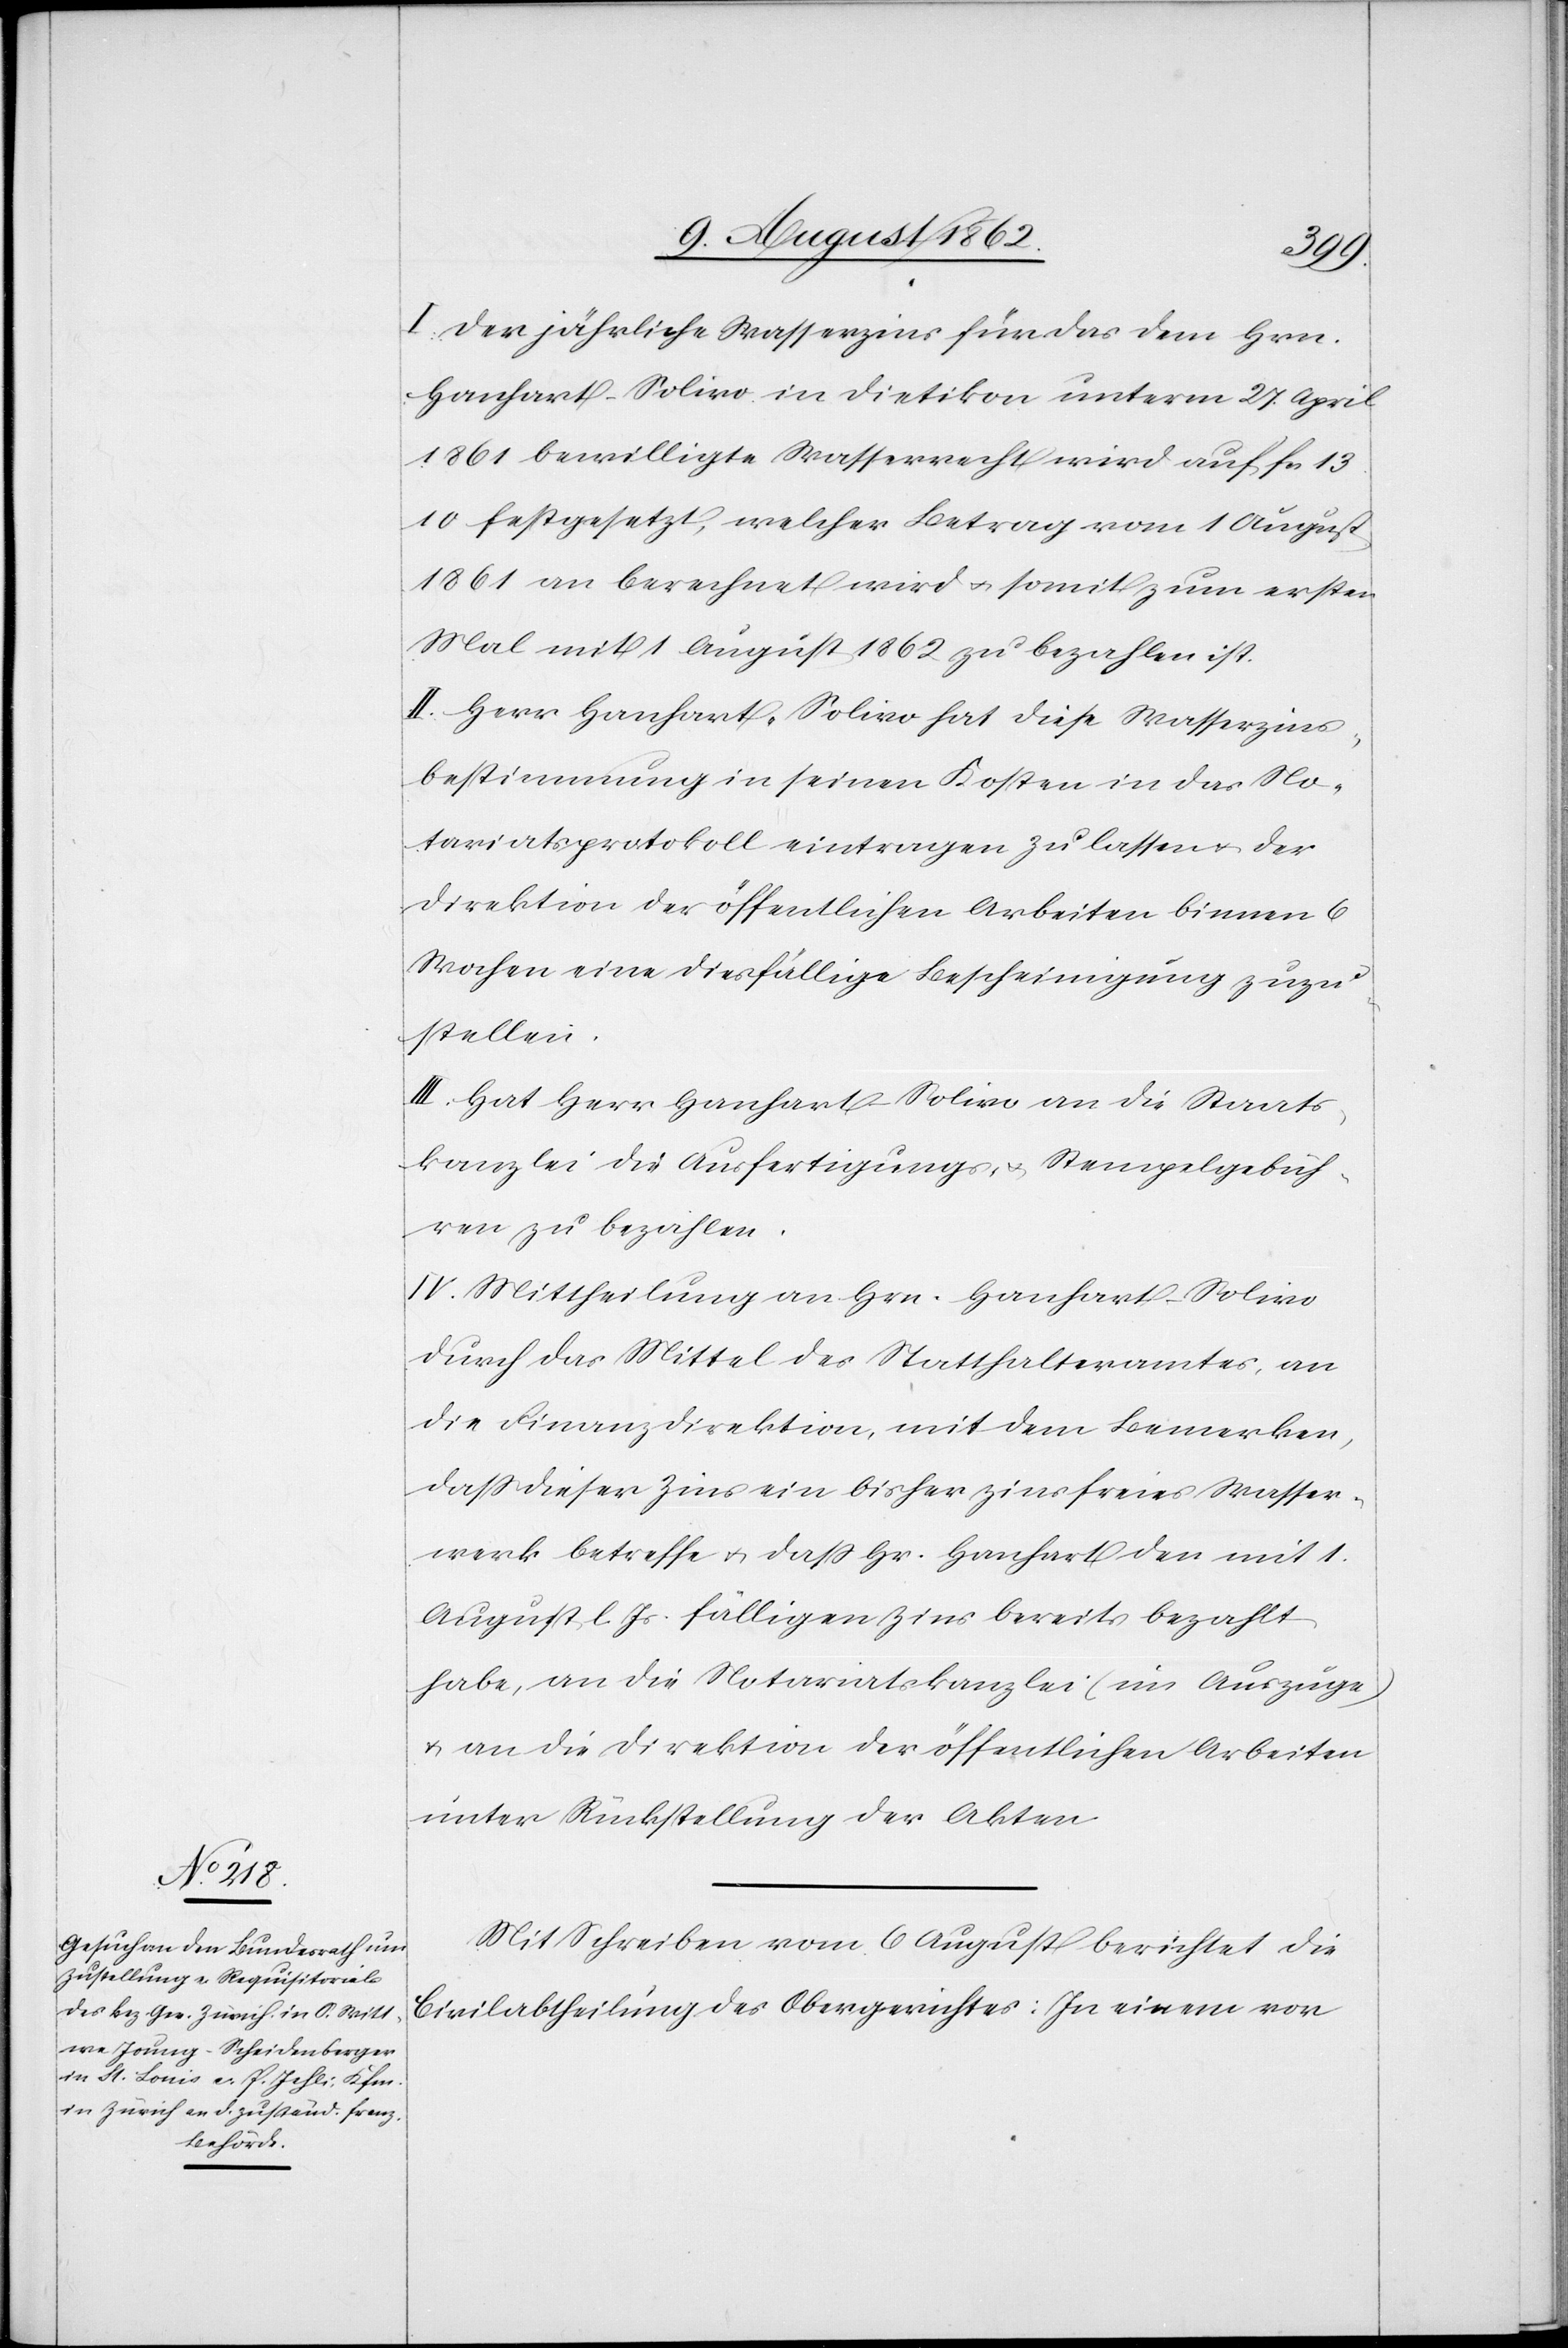
I. Der jährliche Wasserzins für das dem Hrn.
Hanhart-Solivo in Dietikon unterm 27. April
1861 bewilligte Wasserrecht wird auf fc¬
s.13,10 festgesetzt, welcher Betrag vom 1. August
1861 an berechnet wird u. somit zum ersten
Mal mit 1. August 1862 zu bezahlen ist.
II. Herr Hanhart-Solivo hat diese Wasserzins¬
bestimmung in seinen Kosten in das No¬
tariatsprotokoll eintragen zu lassen u. der
Direktion der öffentlichen Arbeiten binnen 6
Wochen eine diesfällige Bescheinigung zuzu¬
stellen.
III. Hat Herr Hanhart-Solivo an die Staats¬
kanzlei die Ausfertigungs- u. Stempelgebüh¬
ren zu bezahlen.
IV. Mittheilung an Hrn. Hanhart-Solivo
durch das Mittel des Statthalteramtes, an
die Finanzdirektion, mit dem Bemerken,
daß dieser Zins ein bisher zinsfreies Wasser¬
werk betreffe u. daß Hr. Hanhart den mit 1.
August l. Js. fälligen Zins bereits bezahlt
habe, an die Notariatskanzlei (im Auszuge)
u. an die Direktion der öffentlichen Arbeiten
unter Rückstellung der Akten.
Mit Schreiben vom 6. August berichtet die
Civilabtheilung des Obergerichtes: In einem vor